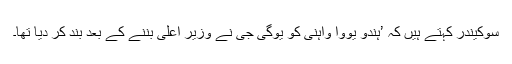
سوکیندر کہتے ہیں کہ ’ہندو یووا واہنی کو یوگی جی نے وزیر اعلی بننے کے بعد بند کر دیا تھا۔